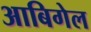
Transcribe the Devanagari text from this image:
आबिगेल